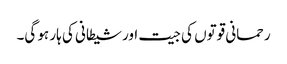
رحمانی قوتوں کی جیت اورشیطانی کی ہار ہو گی۔